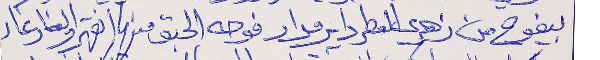
بيفوح من زهري العطر داير مدار      فوحه الحبق منها انقهر والغار غار